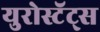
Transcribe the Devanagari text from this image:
युरोस्टॅट्स